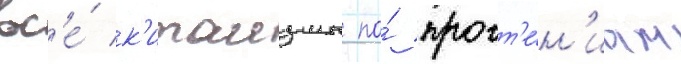
вс'е́ к'итаизмы по́ прочт'е́н'иам